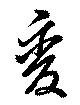
変